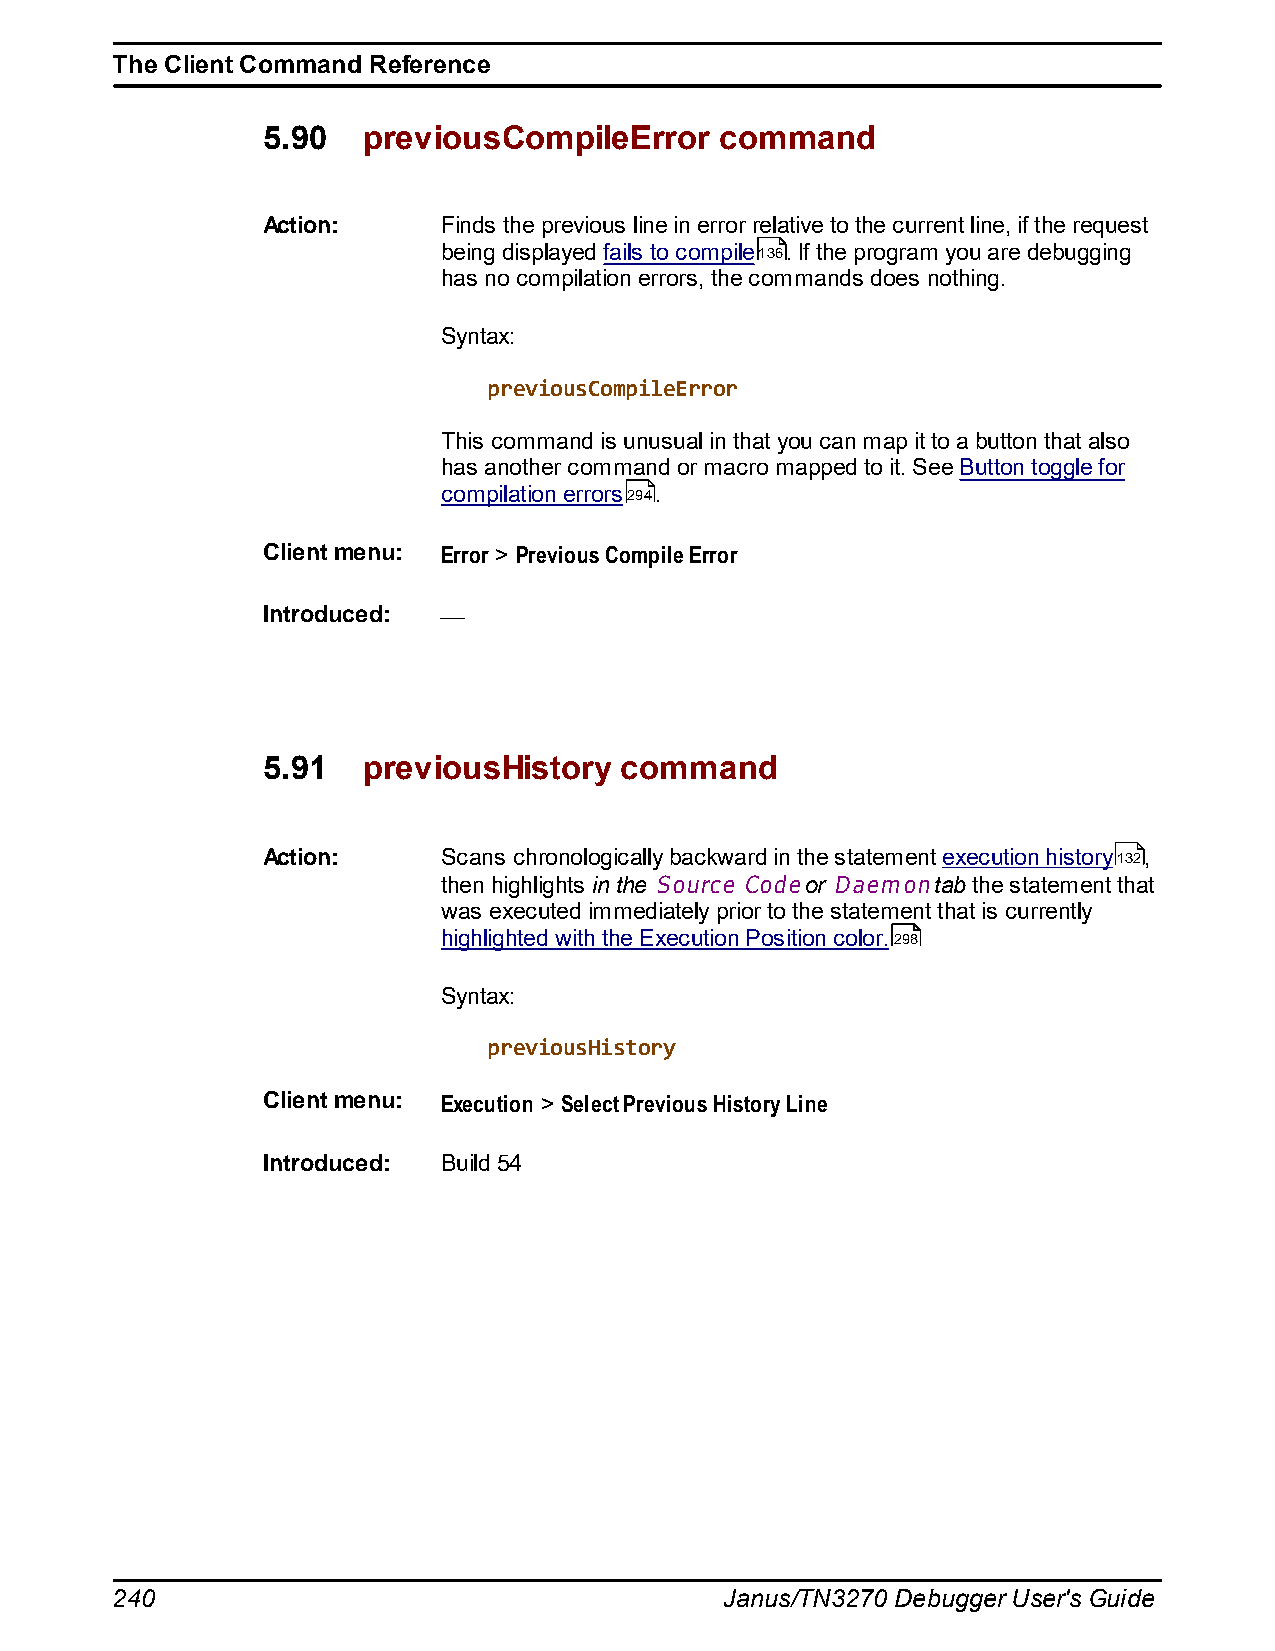
The Client Command Reference
 5.90   previousCompileError    command
 Action:     Finds the previous line in error relative to the current line, if the request
 being displayed fails to compile136. If the program you are debugging
 has no compilation errors, the commands does nothing.
 Syntax:
 previousCompileError
 This command is unusual in that you can map it to a button that also
 has another command or macro mapped to it. See Button toggle for
 compilation errors294.
 Client menu: Error > Previous Compile Error
 Introduced:
 5.91   previousHistory  command
 Action:     Scans chronologically backward in the statement execution history132,
 then highlights in the Source Code or Daemon tab the statement that
 was executed immediately prior to the statement that is currently
 highlighted with the Execution Position color.298
 Syntax:
 previousHistory
 Client menu: Execution > Select Previous History Line
 Introduced: Build 54
 240                                      Janus/TN3270 Debugger User's Guide